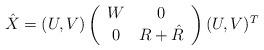
LaTeX: \begin{align*}\hat X = (U,V) \left( \begin{array}{cc} W & 0 \\ 0 & R+\hat R \end{array} \right) (U,V)^T \end{align*}